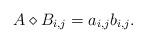
LaTeX: \begin{align*}A\diamond B_{i,j} = a_{i,j}b_{i,j}.\end{align*}